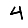
Digit: 4